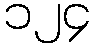
၁၂၄